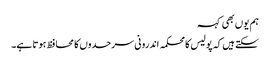
ہم یوں بھی کہہ
سکتے ہیں کہ پولیس کا محکمہ اندرونی سرحدوں کا محافظ ہوتا ہے۔